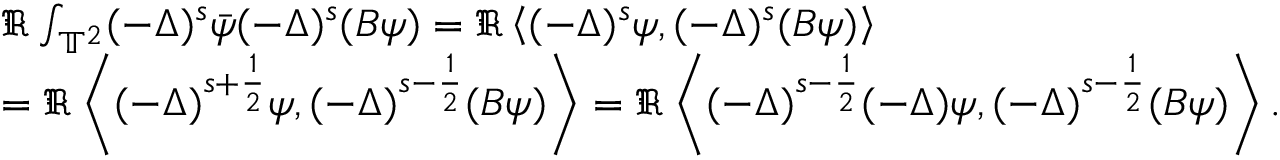
\begin{array} { r l } & { \Re \int _ { \mathbb { T } ^ { 2 } } ( - \Delta ) ^ { s } \Bar { \psi } ( - \Delta ) ^ { s } ( B \psi ) = \Re \left\langle ( - \Delta ) ^ { s } \psi , ( - \Delta ) ^ { s } ( B \psi ) \right\rangle } \\ & { = \Re \left\langle ( - \Delta ) ^ { s + \frac { 1 } { 2 } } \psi , ( - \Delta ) ^ { s - \frac { 1 } { 2 } } ( B \psi ) \right\rangle = \Re \left\langle ( - \Delta ) ^ { s - \frac { 1 } { 2 } } ( - \Delta ) \psi , ( - \Delta ) ^ { s - \frac { 1 } { 2 } } ( B \psi ) \right\rangle . } \end{array}